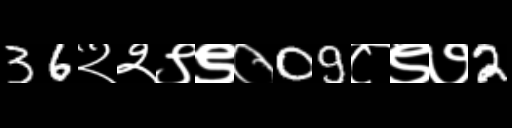
Text: 36२२९९०09८९७2